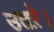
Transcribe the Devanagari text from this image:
उतऱे।